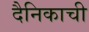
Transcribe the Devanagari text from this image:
दैनिकाची